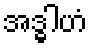
အဒ္ဓါဟံ